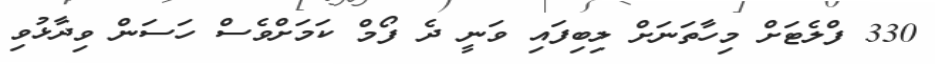
330 ފްލެޓަށް މިހާތަނަށް ލިބިފައި ވަނީ ދެ ފޯމް ކަމަށްވެސް ހަސަން ވިދާޅުވި